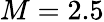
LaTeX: M=2.5